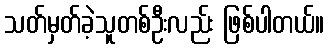
သတ်မှတ်ခဲ့သူတစ်ဦးလည်း ဖြစ်ပါတယ်။